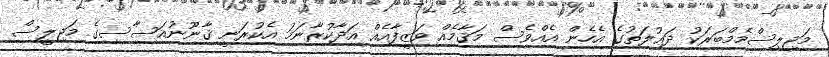
މަޖިލިސްމެމްބަރަކު ދަޢުލަތުގެ އެހެން އެއްވެސް މަޤާމެއް ވަޒީފާއެއް އަދާކުރާނަމަ އެކުރަނީ ޤާނޫނުއަސާސިގެ މަޖިލީސް